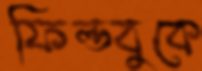
ফিল্ডবুকে